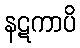
နဋကာပိ